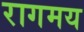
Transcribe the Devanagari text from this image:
रागमय